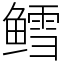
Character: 鳕